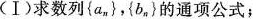
(Ⅰ) 求数列{ a_{ n } }，{ b_{ n }，}的通项公式；